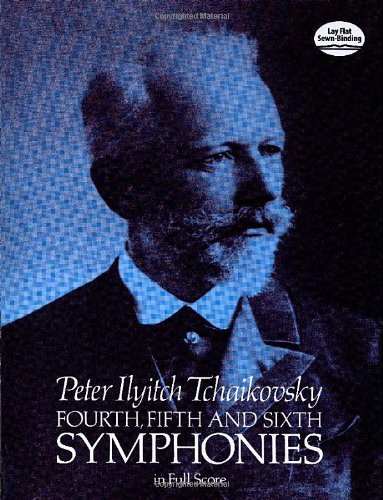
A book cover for Fourth, Fifth and Sixth Symphonies in Full Score (Dover Music Scores); Peter Ilyitch Tchaikovsky; Humor & Entertainment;